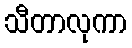
သီတာလုကာ